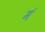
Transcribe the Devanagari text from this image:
म॔